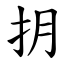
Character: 抈